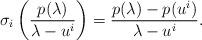
LaTeX: \begin{align*}\sigma_i\left( \frac{p(\lambda)}{\lambda- u^i} \right) = \frac{p(\lambda) - p(u^i) }{\lambda-u^i} .\end{align*}